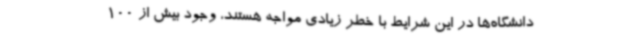
دانشگاه‌ها در این شرایط با خطر زیادی مواجه هستند، وجود بیش از 100